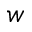
w